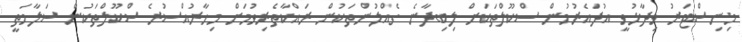
މިނިސްޓަރު ވިދާޅުވީ އުދައެރުމުން ސްކޫލްތަކަށް ލިބިދާނެ ގެއްލުންތަކުން ރައްކާތެރިވުމަށް މިހާރުއްސުރެ ސްކޫލްތަކުން ސަލާމަތީ